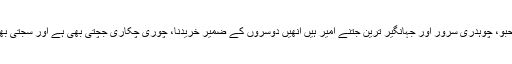
تو صاحبو، چوہدری سرور اور جہانگیر ترین جتنے امیر ہیں انھیں دوسروں کے ضمیر خریدنا، چوری چکاری جچتی بھی ہے اور سجتی بھی ہے۔